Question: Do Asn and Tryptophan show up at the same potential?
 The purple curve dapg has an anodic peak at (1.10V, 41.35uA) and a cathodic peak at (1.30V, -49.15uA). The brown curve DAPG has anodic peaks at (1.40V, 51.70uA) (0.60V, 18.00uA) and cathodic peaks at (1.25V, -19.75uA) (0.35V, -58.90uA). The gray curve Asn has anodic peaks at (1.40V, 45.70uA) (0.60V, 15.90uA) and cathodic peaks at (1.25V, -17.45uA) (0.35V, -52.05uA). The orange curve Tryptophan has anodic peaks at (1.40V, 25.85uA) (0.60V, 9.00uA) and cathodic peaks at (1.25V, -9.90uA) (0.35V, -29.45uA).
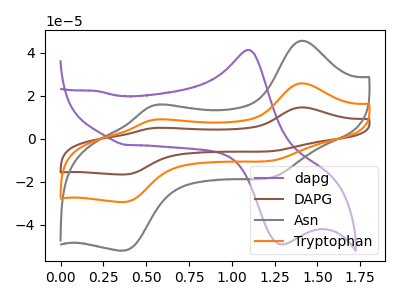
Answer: <think>All the peaks in "Asn" have a peak in "Tryptophan" at the same potential. Every peak in "Asn" is higher than every peak in "Tryptophan".
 </think>
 <answer>"Asn" and "Tryptophan" are similar in shape.</answer>
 <eval>same_shape</eval>